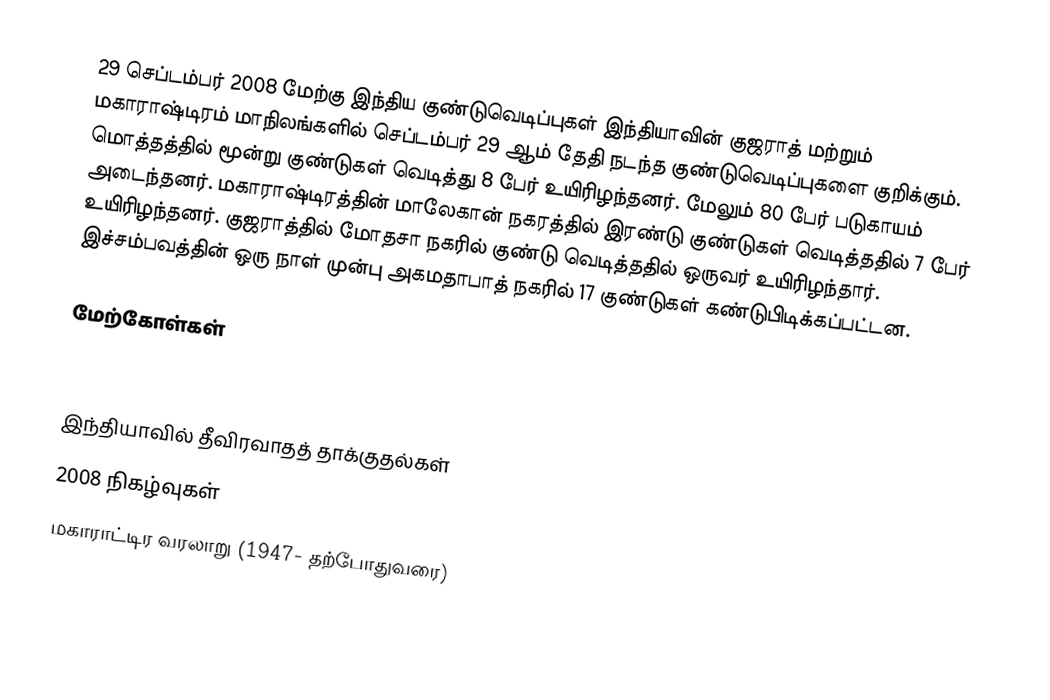
29 செப்டம்பர் 2008 மேற்கு இந்திய குண்டுவெடிப்புகள் இந்தியாவின் குஜராத் மற்றும் மகாராஷ்டிரம் மாநிலங்களில் செப்டம்பர் 29 ஆம் தேதி நடந்த குண்டுவெடிப்புகளை குறிக்கும். மொத்தத்தில் மூன்று குண்டுகள் வெடித்து 8 பேர் உயிரிழந்தனர். மேலும் 80 பேர் படுகாயம் அடைந்தனர். மகாராஷ்டிரத்தின் மாலேகான் நகரத்தில் இரண்டு குண்டுகள் வெடித்ததில் 7 பேர் உயிரிழந்தனர். குஜராத்தில் மோதசா நகரில் குண்டு வெடித்ததில் ஒருவர் உயிரிழந்தார். இச்சம்பவத்தின் ஒரு நாள் முன்பு அகமதாபாத் நகரில் 17 குண்டுகள் கண்டுபிடிக்கப்பட்டன.

மேற்கோள்கள்

இந்தியாவில் தீவிரவாதத் தாக்குதல்கள்
2008 நிகழ்வுகள்
மகாராட்டிர வரலாறு (1947- தற்போதுவரை)